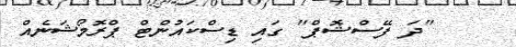
"ދަ ފޭސްޝޮޕް" ގައި ޑިސްކައުންޓް ޕްރޮމޯޝަނެއް